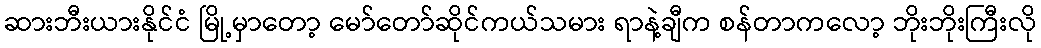
ဆားဘီးယားနိုင်ငံ မြို့မှာတော့ မော်တော်ဆိုင်ကယ်သမား ရာနဲ့ချီက စန်တာကလော့ ဘိုးဘိုးကြီးလို